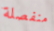
منفصلة